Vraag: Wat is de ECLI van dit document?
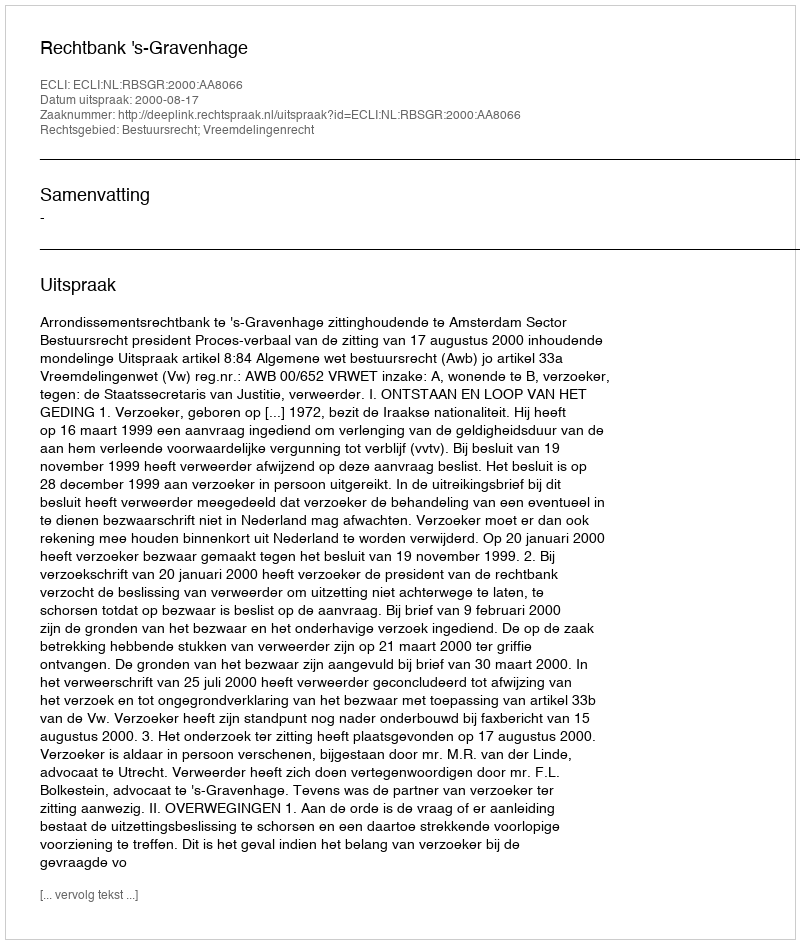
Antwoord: ECLI:NL:RBSGR:2000:AA8066